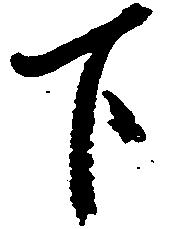
下